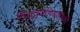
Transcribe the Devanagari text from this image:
विद्युत्अभियांत्रिकी